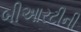
બીઆરટીની